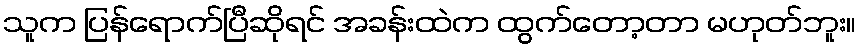
သူက ပြန်ရောက်ပြီဆိုရင် အခန်းထဲက ထွက်တော့တာ မဟုတ်ဘူး။